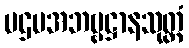
ပဌမအဘဗ္ဗဋ္ဌာနသုတ္တံ